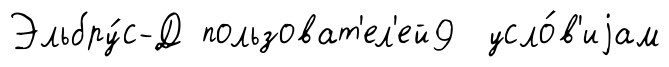
Эльбру́с-Д пользоват'ел'ей9 усло́в'иjам